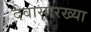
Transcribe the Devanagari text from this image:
दैवासारख्या